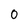
Character: 0